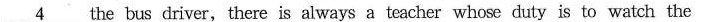
\underline{4} the bus driver, there is always a teacher whose duty is to watch the